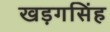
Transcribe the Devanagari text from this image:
खड़गसिंह